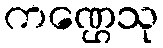
ကဏ္ဌေသု